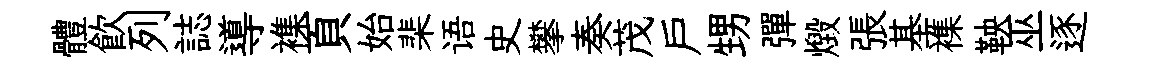
體飮列誌導襍頁始棐语史攀奏茂戸甥彈燬張基襍鞅巫逐